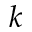
k